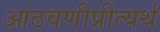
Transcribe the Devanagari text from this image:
आठवणीप्रीत्यर्थ